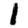
Digit: 1